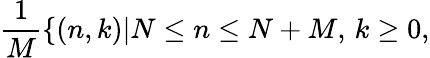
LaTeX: {\frac{1}{M}}\{ (n,k)|N\leq n\leq N+M,\, k\geq 0,